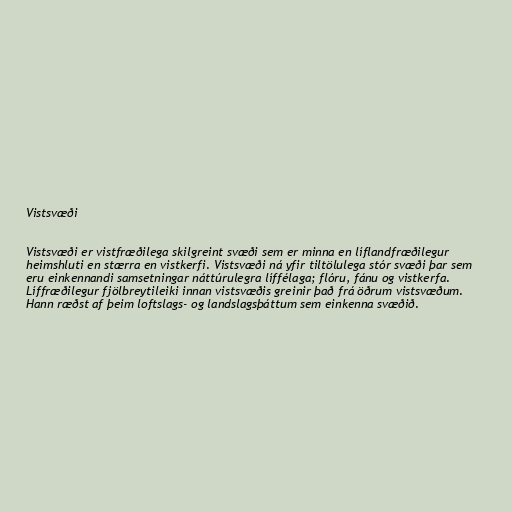
Vistsvæði

Vistsvæði er vistfræðilega skilgreint svæði sem er minna en líflandfræðilegur
heimshluti en stærra en vistkerfi. Vistsvæði ná yfir tiltölulega stór svæði þar sem
eru einkennandi samsetningar náttúrulegra líffélaga; flóru, fánu og vistkerfa.
Líffræðilegur fjölbreytileiki innan vistsvæðis greinir það frá öðrum vistsvæðum.
Hann ræðst af þeim loftslags- og landslagsþáttum sem einkenna svæðið.